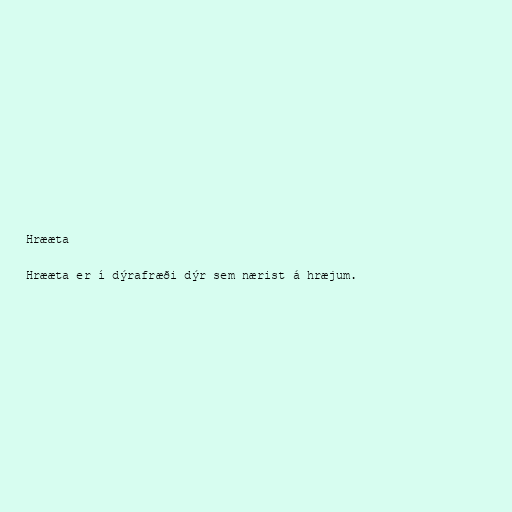
Hrææta

Hrææta er í dýrafræði dýr sem nærist á hræjum.